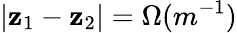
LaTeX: |\mathbf{z}_{1}-\mathbf{z}_{2}|=\Omega(m^{-1})